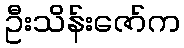
ဦးသိန်းဇော်က